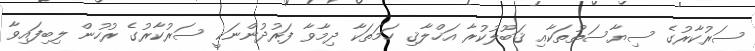
ސަރުކާރުގެ ސިޔާސަތުތަކާއި ޤަބޫލުކުރާ އަޚްލާޤި ހަމަތަކާ ދިމާވާ ފަރުދުންނަކީ ސަރުކާރުގެ ރުހުން ލިބިފައިވާ